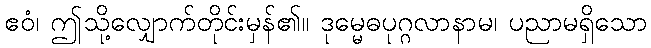
ဧဝံ၊ ဤသို့လျှောက်တိုင်းမှန်၏။ ဒုမ္မေဓပုဂ္ဂလာနာမ၊ ပညာမရှိသော